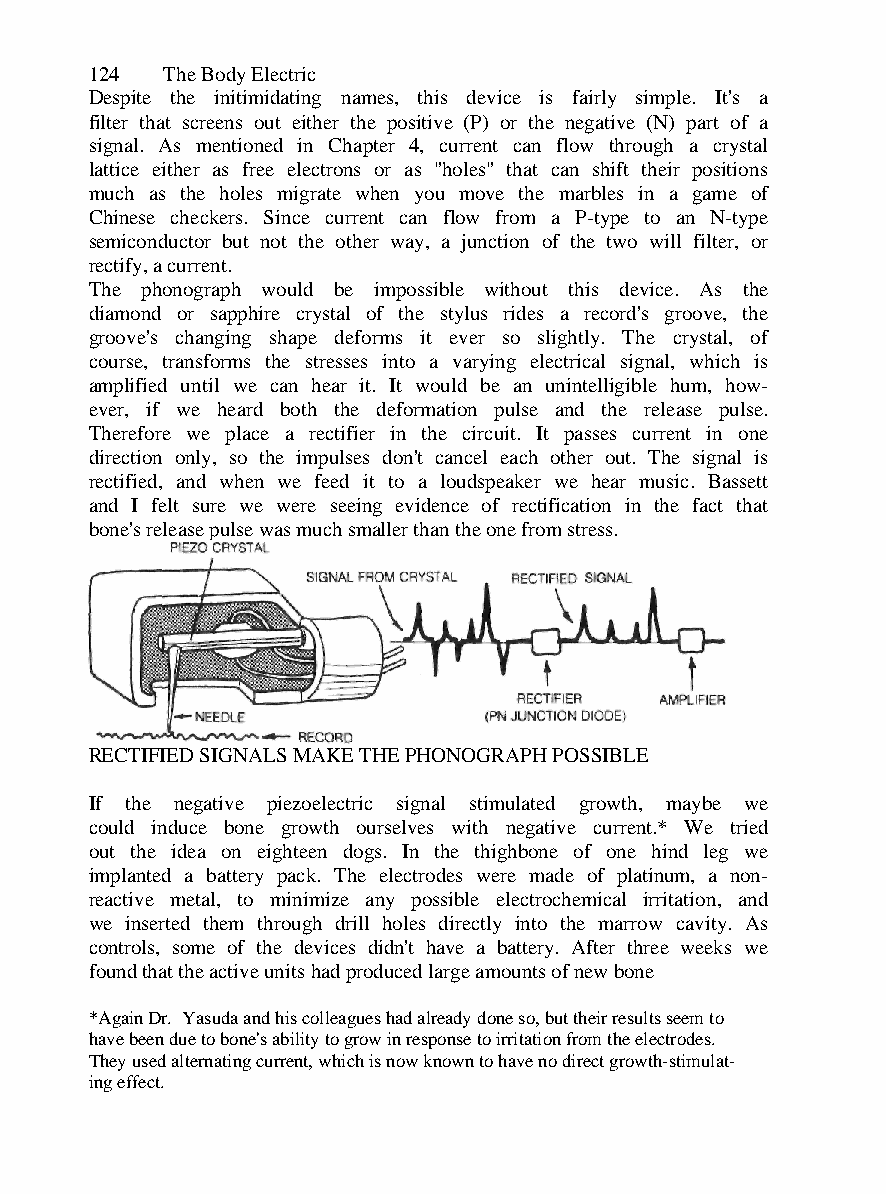
124  The Body Electric
 Despite the initimidating names, this device is fairly simple. It's a
 filter that screens out either the positive (P) or the negative (N) part of a
 signal. As mentioned in Chapter 4, current can flow through a crystal
 lattice either as free electrons or as "holes" that can shift their positions
 much as the holes migrate when you move the marbles in a game of
 Chinese checkers. Since current can flow from a P-type to an N-type
 semiconductor but not the other way, a junction of the two will filter, or
 rectify, a current.
 The phonograph would be impossible without this device. As the
 diamond or sapphire crystal of the stylus rides a record's groove, the
 groove's changing shape deforms it ever so slightly. The crystal, of
 course, transforms the stresses into a varying electrical signal, which is
 amplified until we can hear it. It would be an unintelligible hum, how-
 ever, if we heard both the deformation pulse and the release pulse.
 Therefore we place a rectifier in the circuit. It passes current in one
 direction only, so the impulses don't cancel each other out. The signal is
 rectified, and when we feed it to a loudspeaker we hear music. Bassett
 and I felt sure we were seeing evidence of rectification in the fact that
 bone's release pulse was much smaller than the one from stress.
 RECTIFIED SIGNALS MAKE THE PHONOGRAPH POSSIBLE
 If the negative piezoelectric signal stimulated growth, maybe we
 could induce bone growth ourselves with negative current.* We tried
 out the idea on eighteen dogs. In the thighbone of one hind leg we
 implanted a battery pack. The electrodes were made of platinum, a non-
 reactive metal, to minimize any possible electrochemical irritation, and
 we inserted them through drill holes directly into the marrow cavity. As
 controls, some of the devices didn't have a battery. After three weeks we
 found that the active units had produced large amounts of new bone
 *Again Dr. Yasuda and his colleagues had already done so, but their results seem to
 have been due to bone's ability to grow in response to irritation from the electrodes.
 They used alternating current, which is now known to have no direct growth-stimulat-
 ing effect.